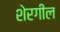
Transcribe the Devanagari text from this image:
शेरगील